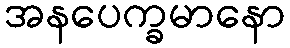
အနပေက္ခမာနော